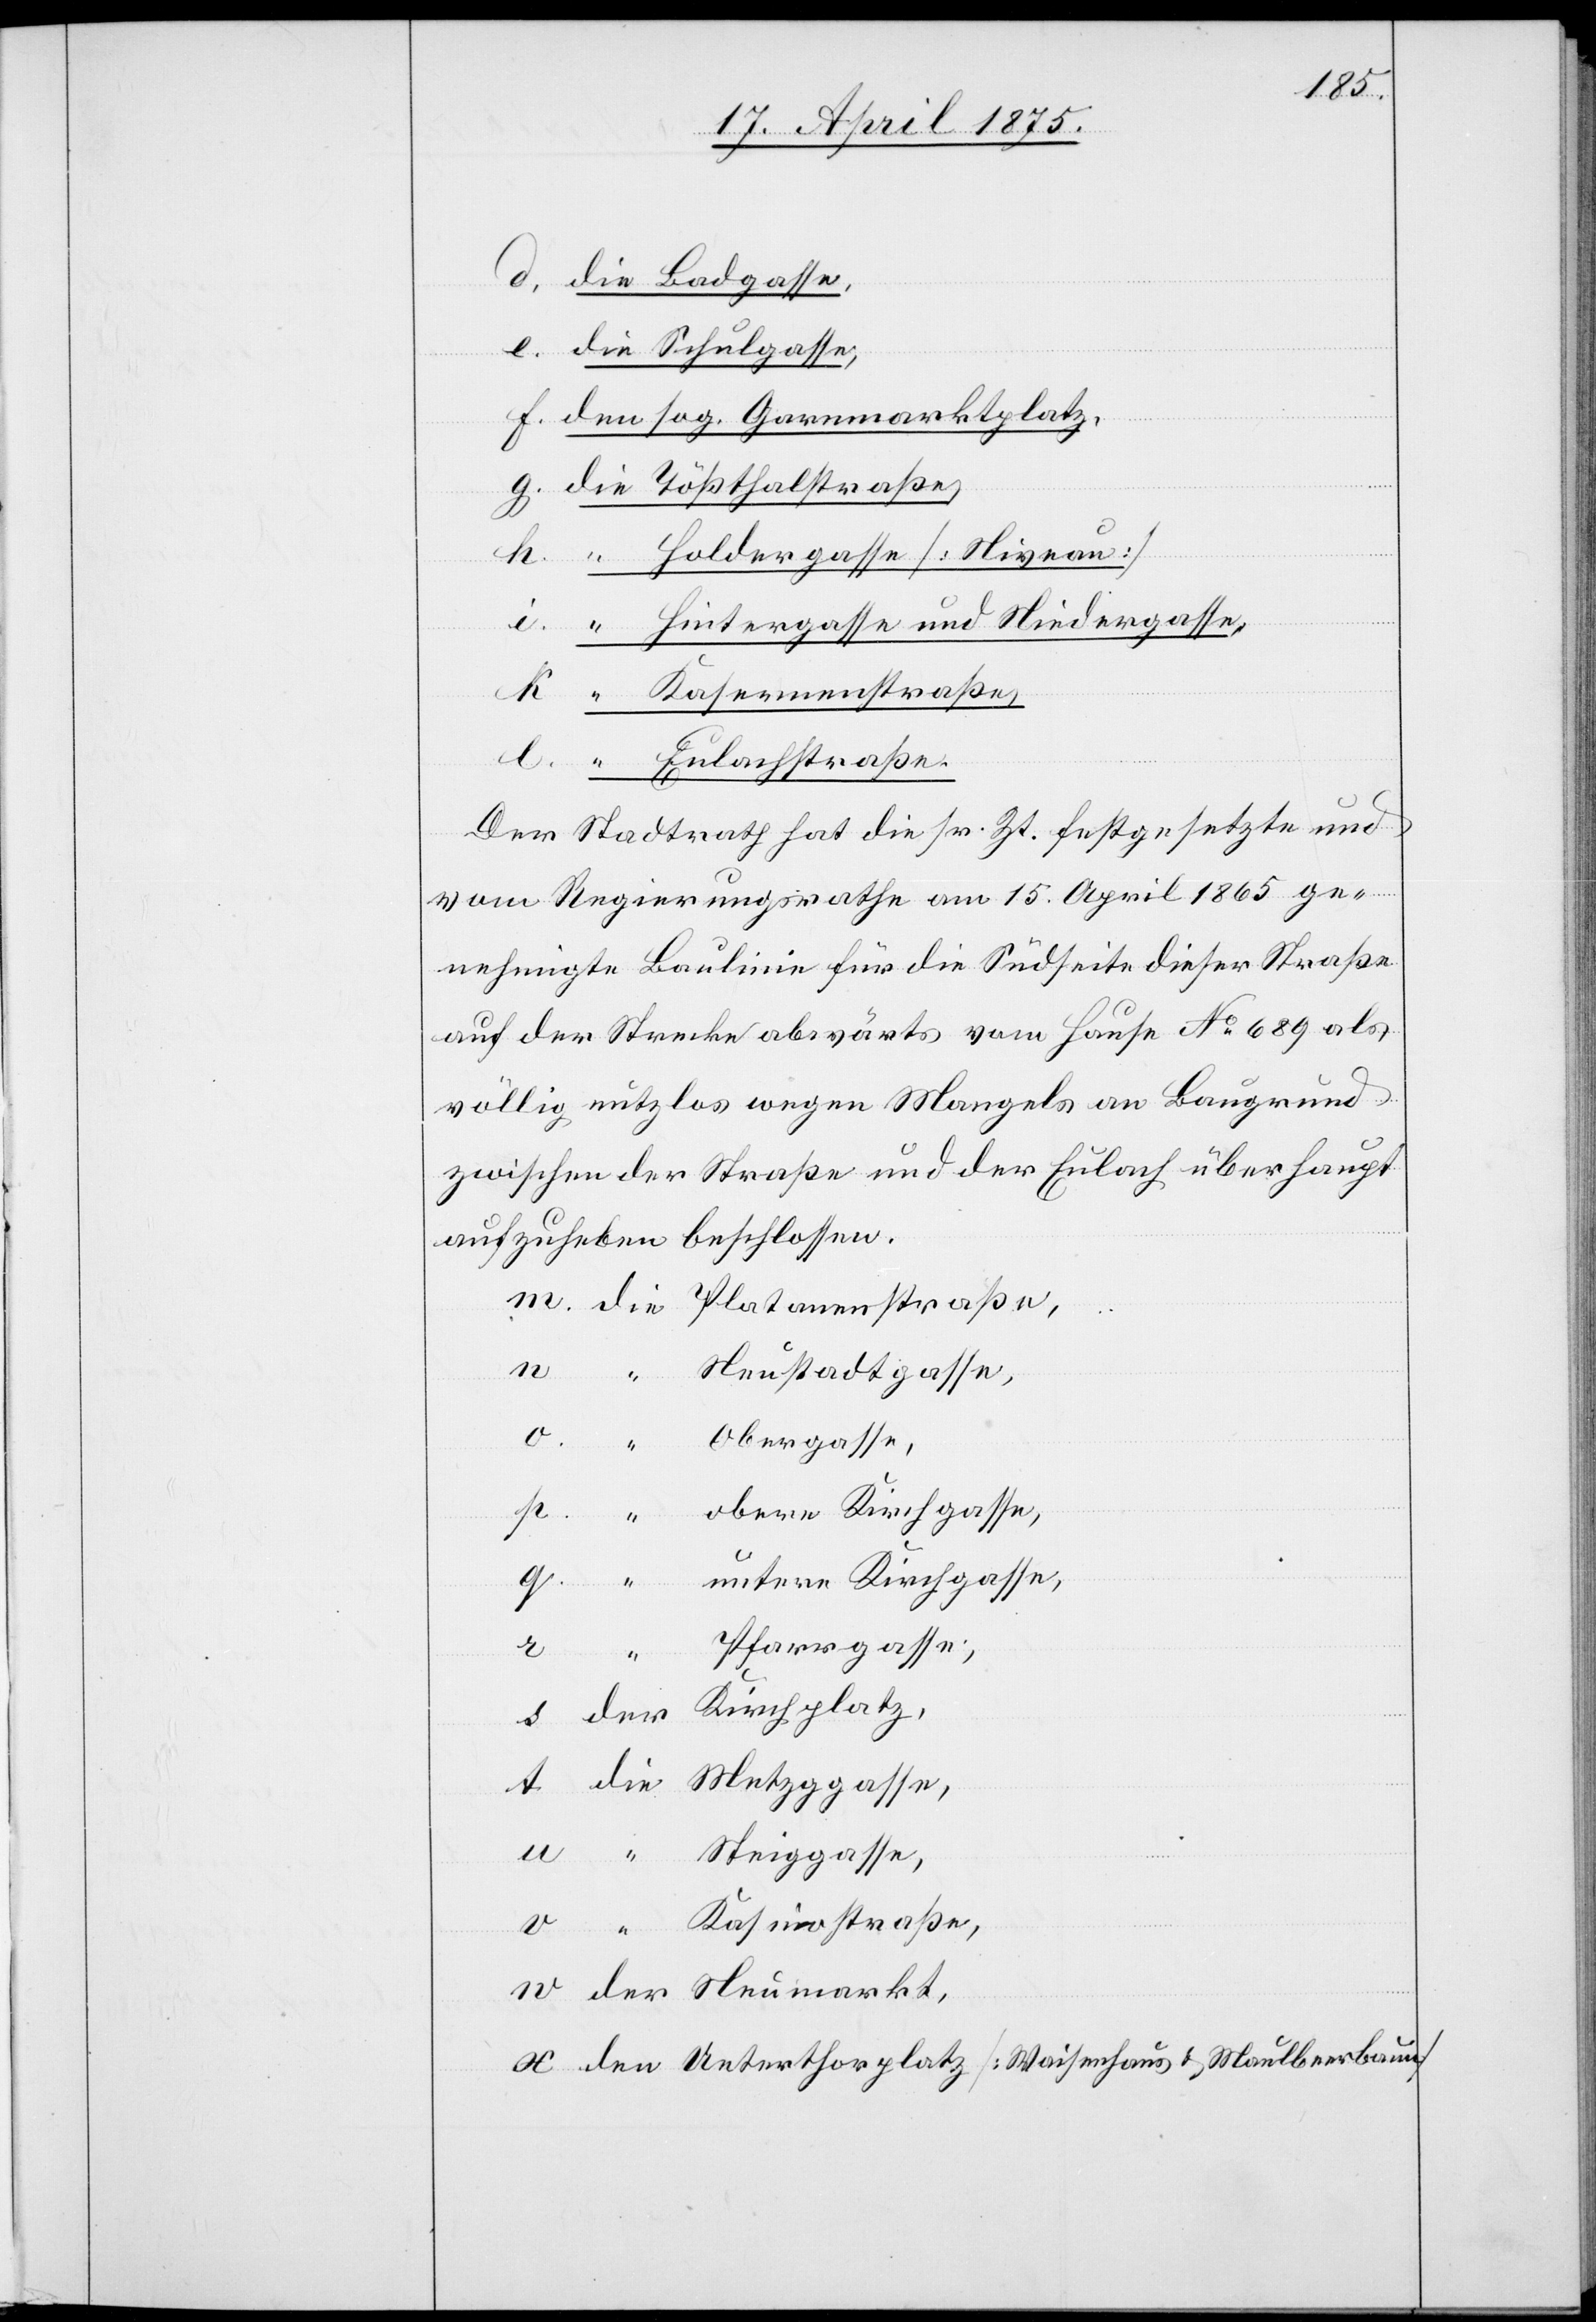
Holdergasse [Niveau]
Hintergasse und Niedergasse,
Kasernenstraße,
Der Stadtrath hat die sr. Zt. festgesetzte und
vom Regierungsrathe am 15. April 1865 ge¬
nehmigte Baulinie für die Südseite dieser Straße
auf der Strecke abwärts vom Hause No 689 als
völlig nutzlos wegen Mangels an Baugrund
zwischen der Straße und der Eulach überhaupt
aufzuheben beschlossen.
Neustadtgasse,
der
untere Kirchgasse,
Pfarrgasse,
Steiggasse,
[Waisenhaus & Maulbeerbaum]